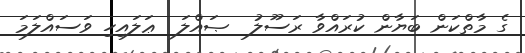
ގެ މާތްކަން ބަޔާން ކުރައްވާ ރަސޫލު  ޞައްލަ  ޢަލައިހި ވަސައްލަމަ